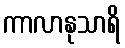
ကာလာနုသာရိ